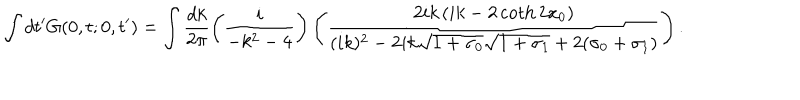
\int d t ^ { \prime } G ( 0 , t ; 0 , t ^ { \prime } ) = \int \frac { d k } { 2 \pi } \left( \frac { i } { - k ^ { 2 } - 4 } \right) \left( \frac { 2 i k \left( i k - 2 \coth 2 x _ { 0 } \right) } { ( i k ) ^ { 2 } - 2 i k \sqrt { 1 + \sigma _ { 0 } } \sqrt { 1 + \sigma _ { 1 } } + 2 ( \sigma _ { 0 } + \sigma _ { 1 } ) } \right) .